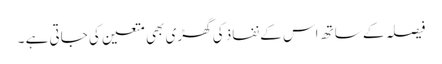
فیصلہ کے ساتھ اس کے نفاذ کی گھڑی بھی متعین کی جاتی ہے ۔